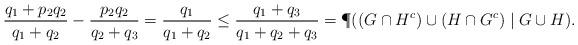
LaTeX: \begin{align*}\frac{ q_1 + p_2q_2}{q_1+q_2}- \frac{p_2 q_2 }{q_2+q_3}=\frac{ q_1 }{q_1+q_2} \leq \frac{q_1+q_3}{q_1+q_2+q_3}= \P( (G\cap H^c) \cup (H\cap G^c)\mid G\cup H).\end{align*}